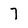
Character: 7